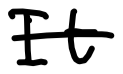
Text: It
Cross-out: single-line
Writing tool: digital_black